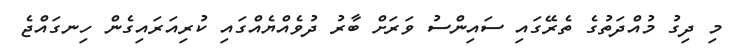
މި ދިގު މުއްދަތުގެ ތެރޭގައި ސައިންސު ވަރަށް ބާރު ދުވެއްޔެއްގައި ކުރިއަރައިގެން ހިނގައްޖެ